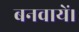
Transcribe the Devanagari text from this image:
बनवायें।